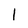
Character: l